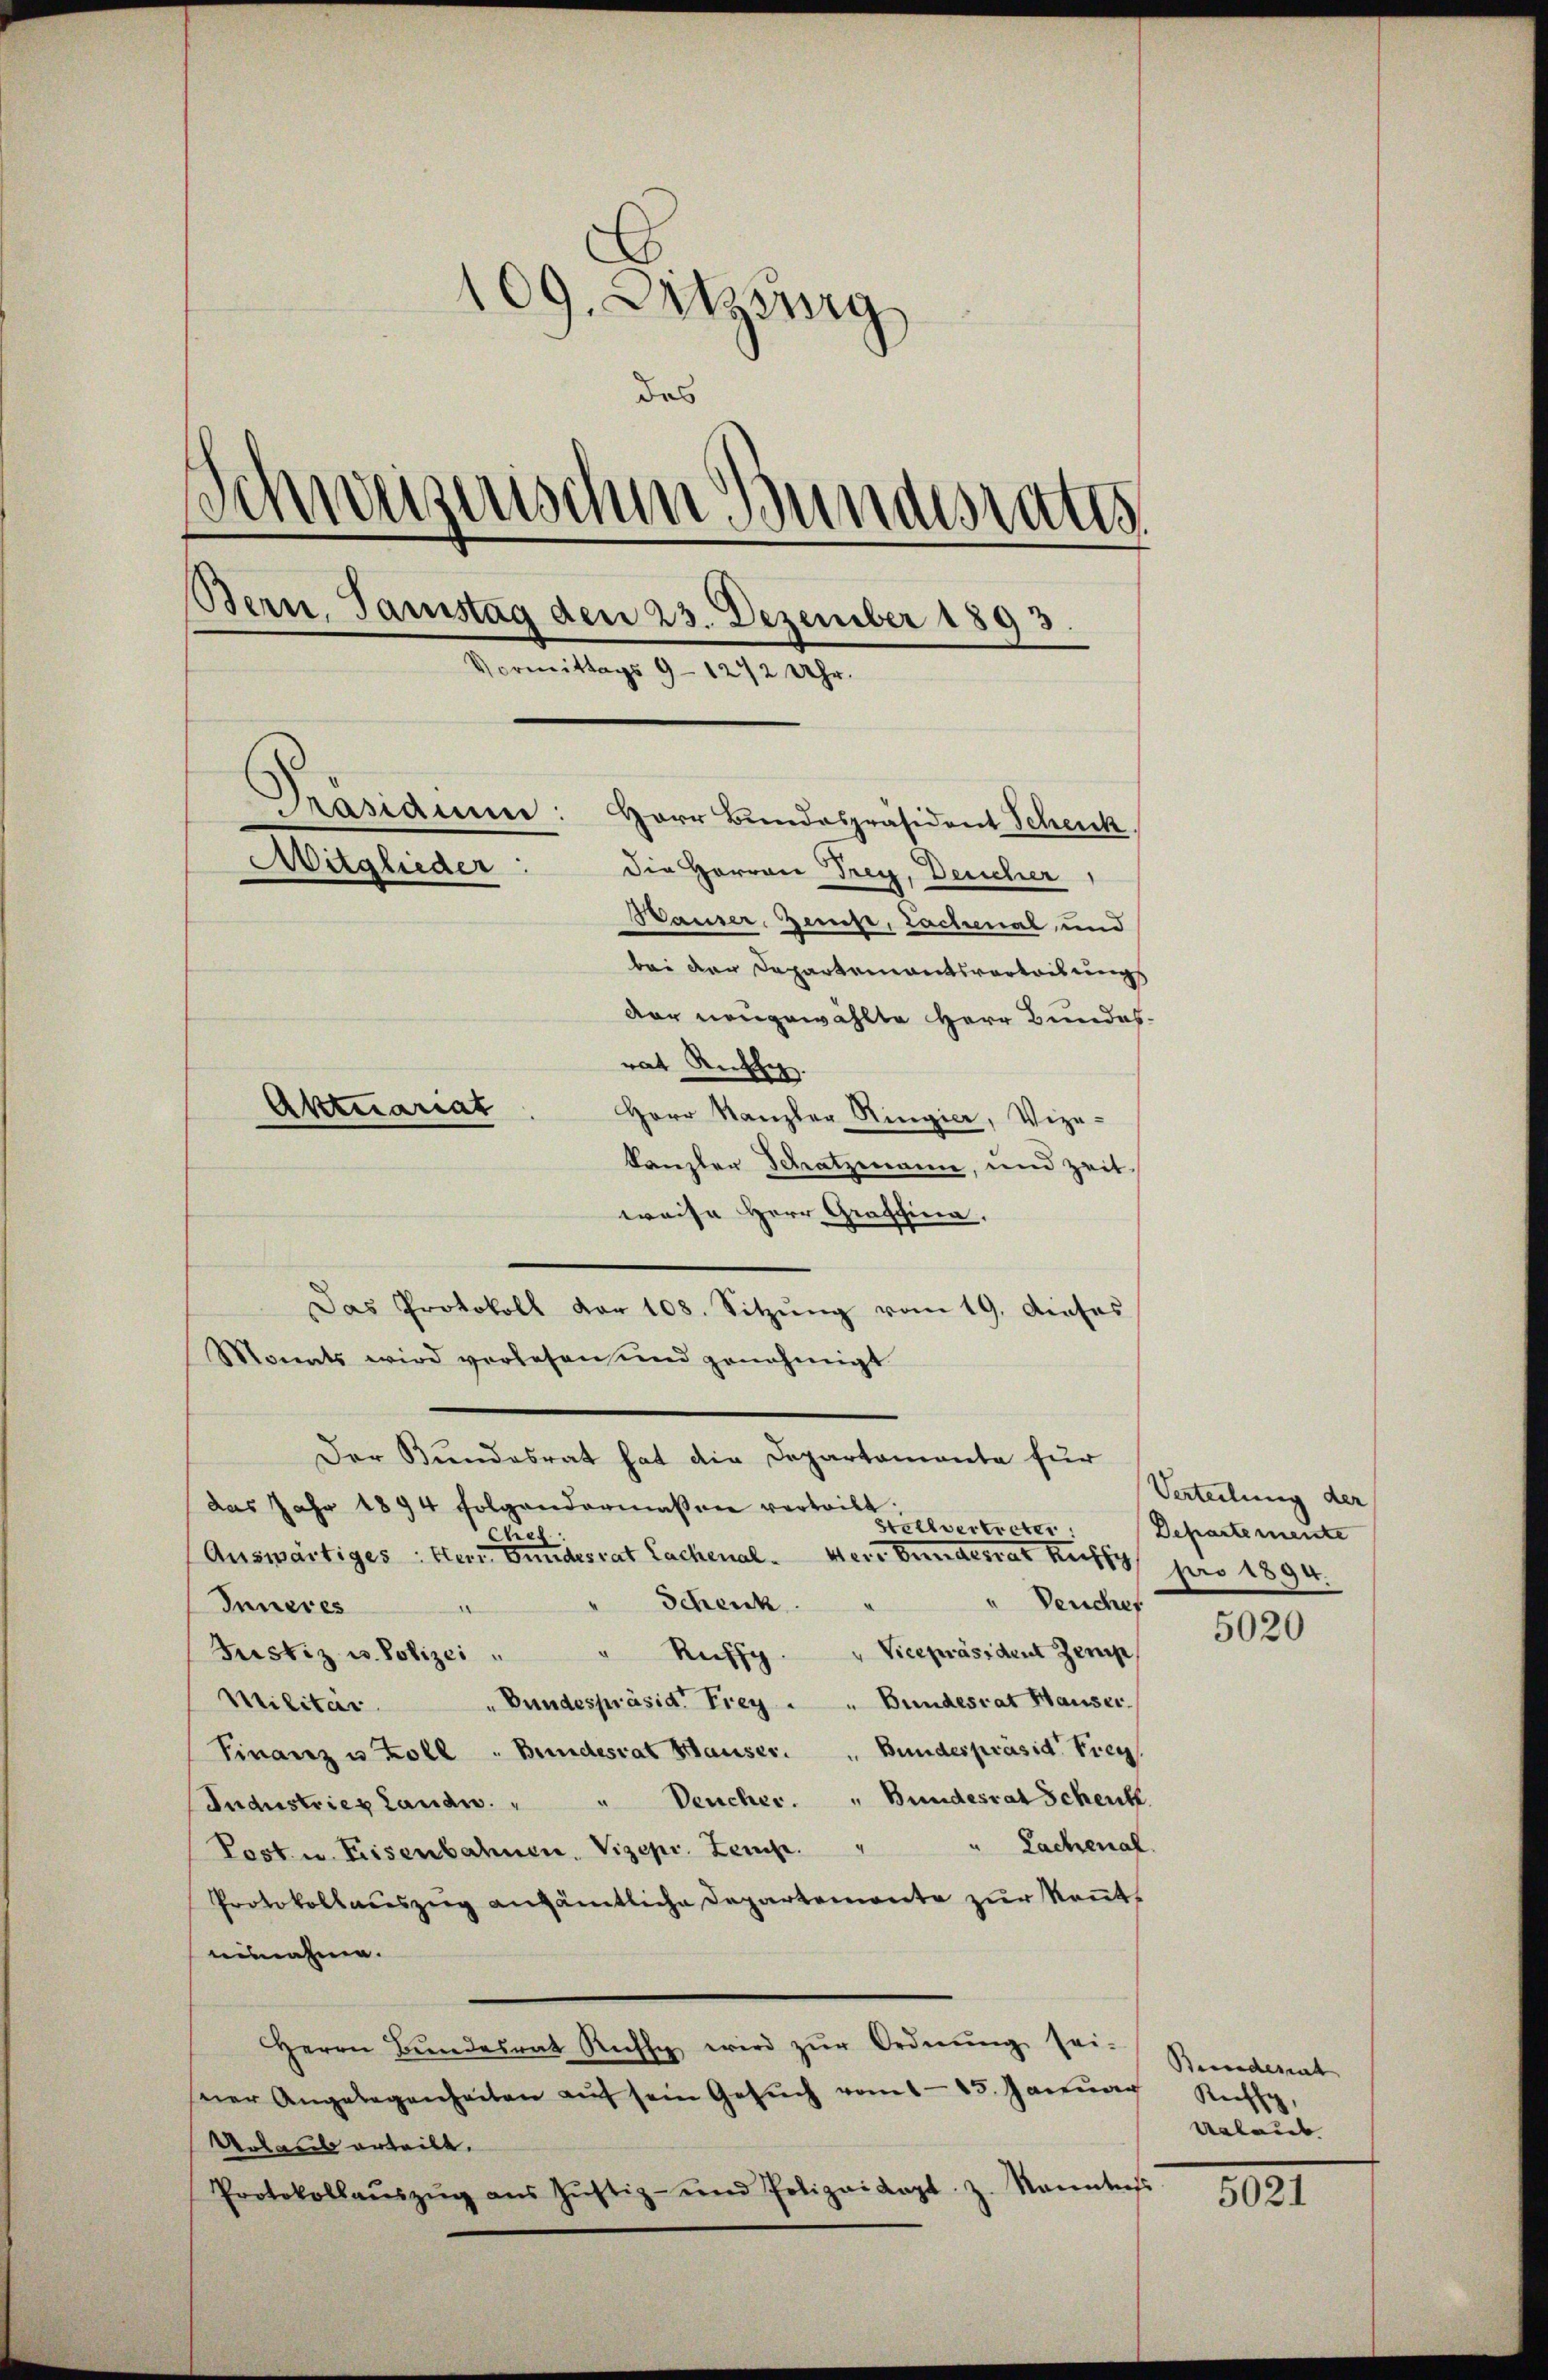
109. Ditzburg
das
d
deizerischen Bundesrates
Bern, Samstag den 23. Dezember 1893.
Vormittags 9 - 1272 Uhr.
Präsidium: Herr Bundespräsident Schenk,
Mitglieder: die Herren Frey, Deucher
Bauser Zeise, Lachmal und
bei der Departementsvortribungs
der neugewählte Herr Bundes-
rat Ruhe.
Aktuariat
Herr Kanzler Ringier, Vize-
kanzler Schatzmann, und zeit

weise Herr Graffina.
das Jahr 1894 folgendermassen vertritt
Chies
Auswärtiges ster Bundesrat Lachenal. Herr Bundesrat Rutty pro 1894.
Schenk
Deuches
Inneres
Justiz u. Polizei " " Ruffy. " Vicepräsident Zemp
„Bundespräsid. Frey . " Bundesrat Hauser.
Militär.
Finanz u Koll „Bundesrat Hauser. Bundespräsid. Frey
Industriez Landw. " " Deucher. " Bundesrat Schenk
" Lachenal.
Post u. Eisenbahnen. Vizepr. Zeuge.
Protokollaŭszŭg ansämtliche Departemente zŭr Keṅt
ausnahme.
Herrn Bŭndesrat Recht wird zŭr Ordnŭng sei.
sner Angelegenheiten aŭf sein Gesŭch vom 15. Januar
Urlaub erteilt.
Protokollaŭszŭg aŭs Jŭstiz- und Polizeikapt. z. Kanntes

Monats wird verlesen und genehmigt

Das Protokoll vor 108. Sitzŭng vom 19. dieses

Der Bundesrat hat die Departamente für

Stellvertreter.

Verteilung der
Departemente

5020

Bundesrat
Rutty,
Urlaub

5021